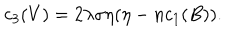
c _ { 3 } ( V ) = 2 \lambda \sigma \eta ( \eta - n c _ { 1 } ( B ) ) .